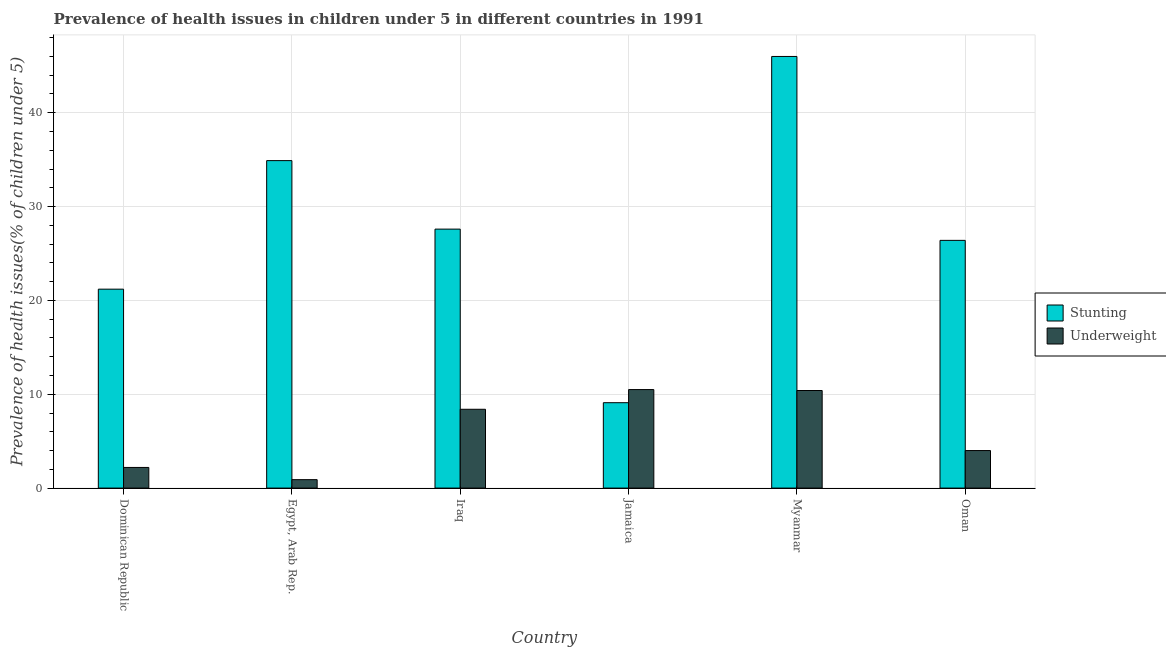
| Country | Stunting | Underweight |
 | --- | --- | --- |
 | Dominican Republic | 21.2 | 2.2 |
 | Egypt, Arab Rep. | 34.9 | 0.9 |
 | Iraq | 27.6 | 8.4 |
 | Jamaica | 9.1 | 10.5 |
 | Myanmar | 46 | 10.4 |
 | Oman | 26.4 | 4 |